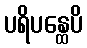
ပရိပန္ထေပိ